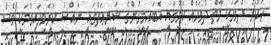
ހުކުރު ދުވަހަކީ މާތް ދުވަހެއް ކަމުގައި އެބައިމީހުންގެ ޝަރީޢަތުގައި ނައްޞު ކުރެވިފައިވުމަކީ ވެސް